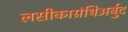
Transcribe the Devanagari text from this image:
लसीकाग्रंथिअर्बुद